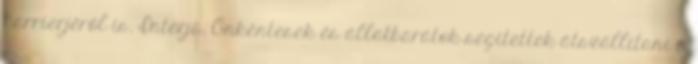
karrierjéről is. Interjú. Önkéntesek és állatbarátok segítettek átszállítani a